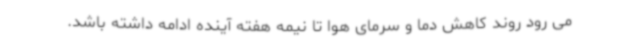
می رود روند کاهش دما و سرمای هوا تا نیمه هفته آینده ادامه داشته باشد.